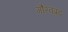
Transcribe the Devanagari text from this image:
गौरवप्रद